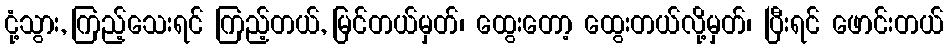
ငုံ့သွား, ကြည့်သေးရင် ကြည့်တယ်, မြင်တယ်မှတ်၊ ထွေးတော့ ထွေးတယ်လို့မှတ်၊ ပြီးရင် ဖောင်းတယ်